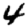
Digit: 4